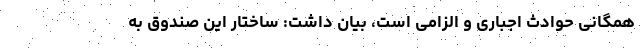
همگانی حوادث اجباری و الزامی است، بیان داشت: ساختار این صندوق به